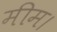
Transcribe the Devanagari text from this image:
मीम।